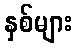
နှစ်များ